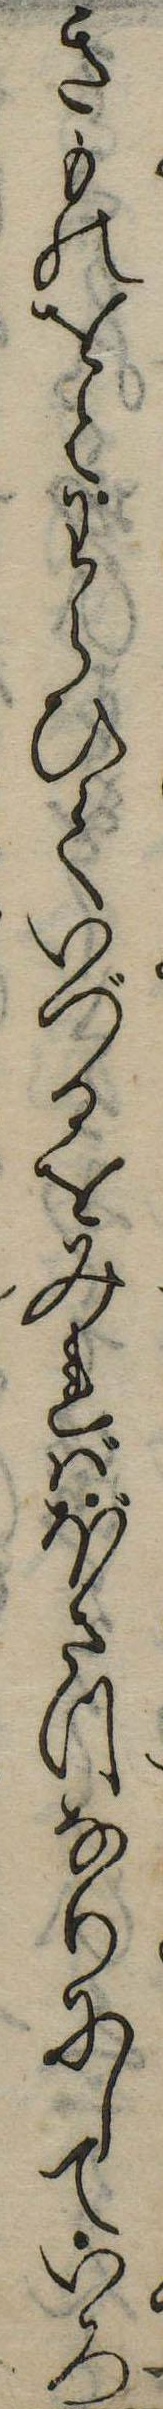
きものをとわらひていづるをみればぼさつなりにしていろ